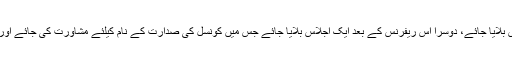
اس غیر رسمی اجلاس میں طے کیا جائیگا کہ کونسل کی طرف سے ایک تو تعزیتی ریفرنس بلایا جائے، دوسرا اس ریفرنس کے بعد ایک اجلاس بلایا جائے جس میں کونسل کی صدارت کے نام کیلئے مشاورت کی جائے اور کسی ایسے فرد کو کونسل کی صدارت کیلئے منتخب کیا جائے جو سب کو لیکر چل سکے۔